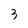
Character: 3